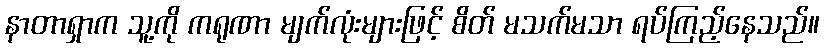
နာတာရှာက သူ့ကို ကရုဏာ မျက်လုံးများဖြင့် စိတ် မသက်မသာ ရပ်ကြည့်နေသည်။